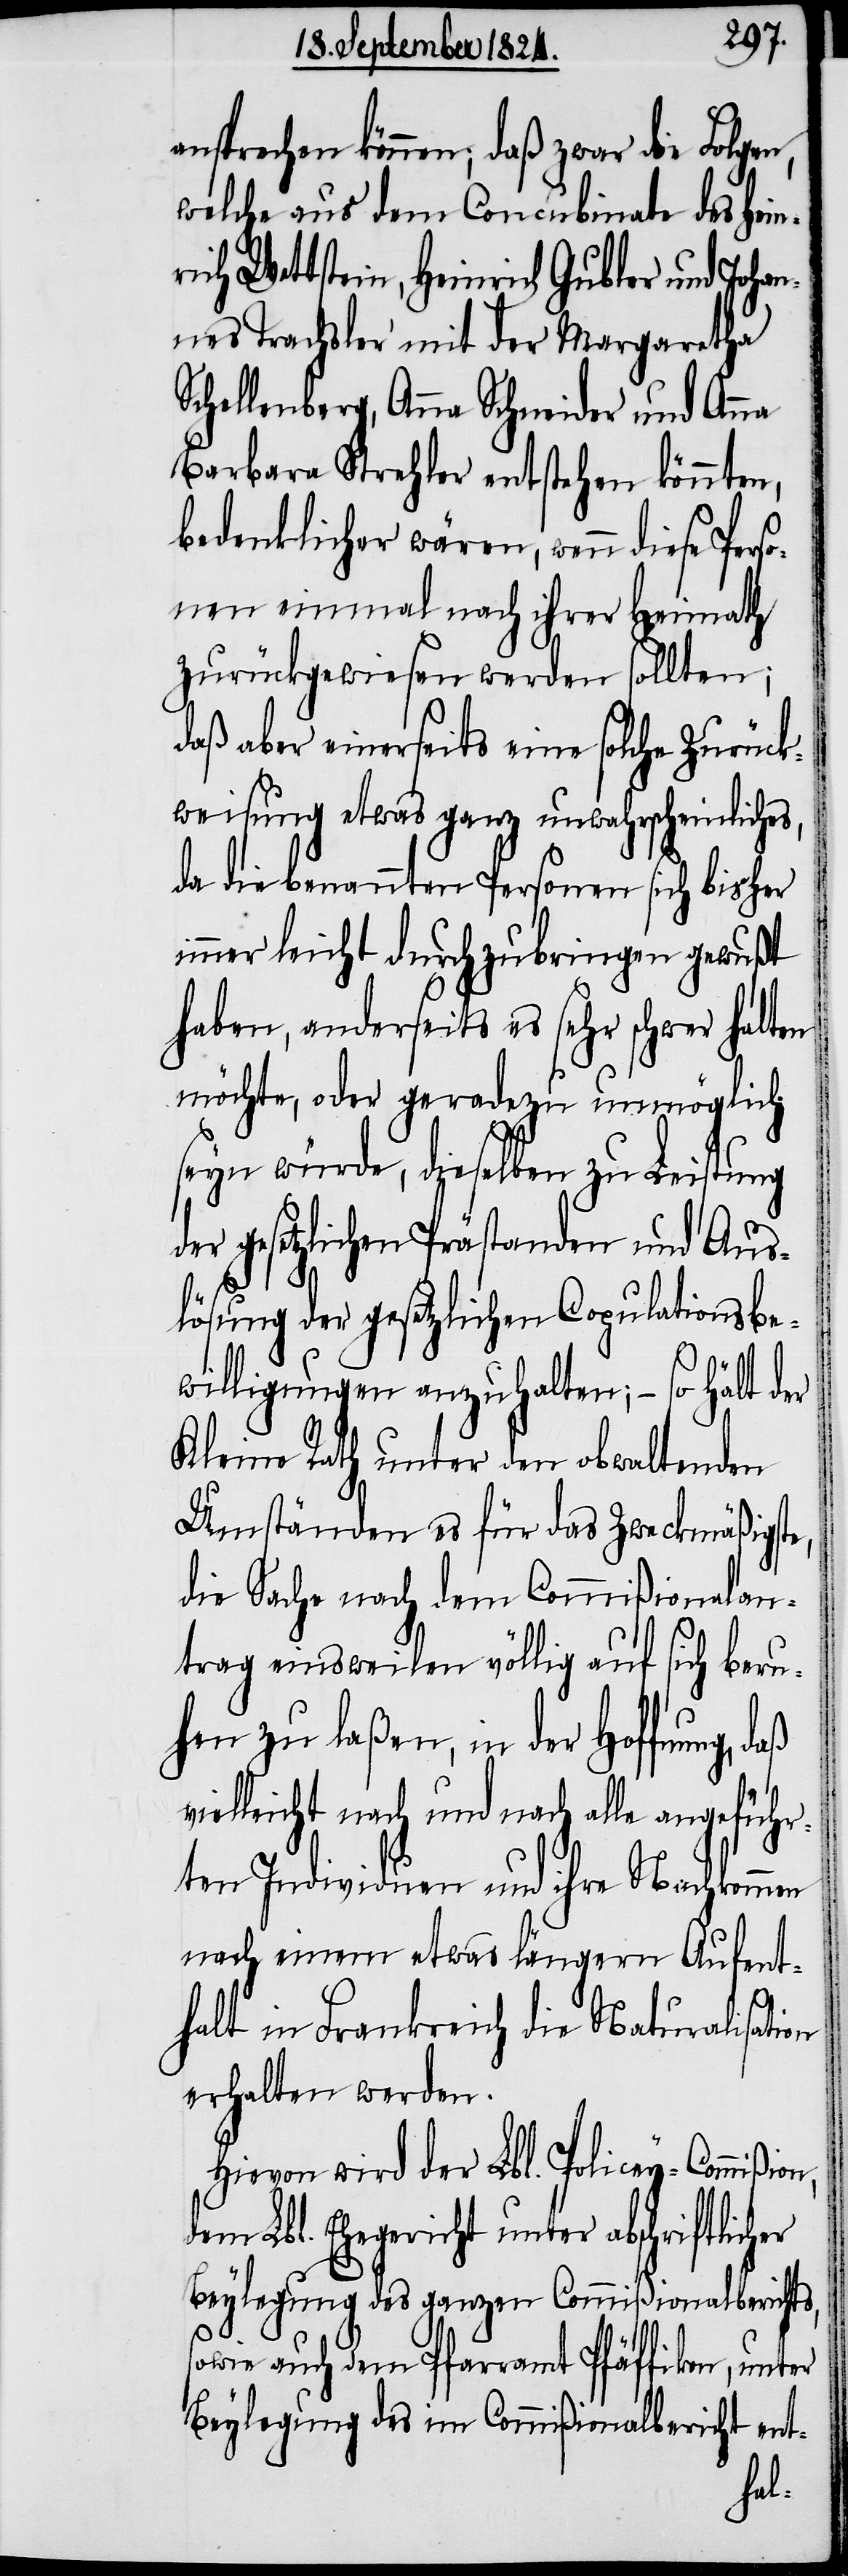
ansprechen können; daß zwar die Folgen,
welche aus dem Concubinate des Hein¬
ich Wettstein, Heinrich Gubler und Joha¬
nnes Trachsler mit der Margaretha
Schellenberg, Anna Schneider und Anna
Barbara Strehler entstehen könnten,
bedenklicher wären, wenn diese Perso¬
nen einmal nach ihrer Heimath
zurückgewiesen werden sollten;
daß aber einerseits eine solche Zurück¬
weisung etwas ganz unwahrscheinliches,
da die benannten Personen sich bisher
immer leicht durchzubringen gewußt
haben, anderseits es sehr schwer halten
möchte, oder geradezu unmöglich
seyn würde, dieselben zu Leistung
der gesetzlichen Prästanden und Aus¬
lösung der gesetzlichen Copulationsbe¬
willigungen anzuhalten; – so hält der
Kleine Rath unter den obwaltenden
Umständen es für das Zweckmäßigste,
die Sache nach dem Commißionalan¬
trag einsweilen völlig auf sich beru¬
hen zu laßen, in der Hoffnung,
vielleicht nach und nach alle angeführ¬
ten Individuen und ihre Nachkommen
nach einem etwas längeren Aufent¬
halt in Frankreich die Naturalisation
erhalten werden.
Hievon wird der Lbl. Policey-Commißi¬
dem Lbl. Ehegericht unter abschriftlicher
Beylegung des ganzen Commißionalberichts,
sowie auch dem Pfarramt Pfäffikon, unter
Beylegung des im Commißionalbericht ent-
on,